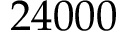
2 4 0 0 0